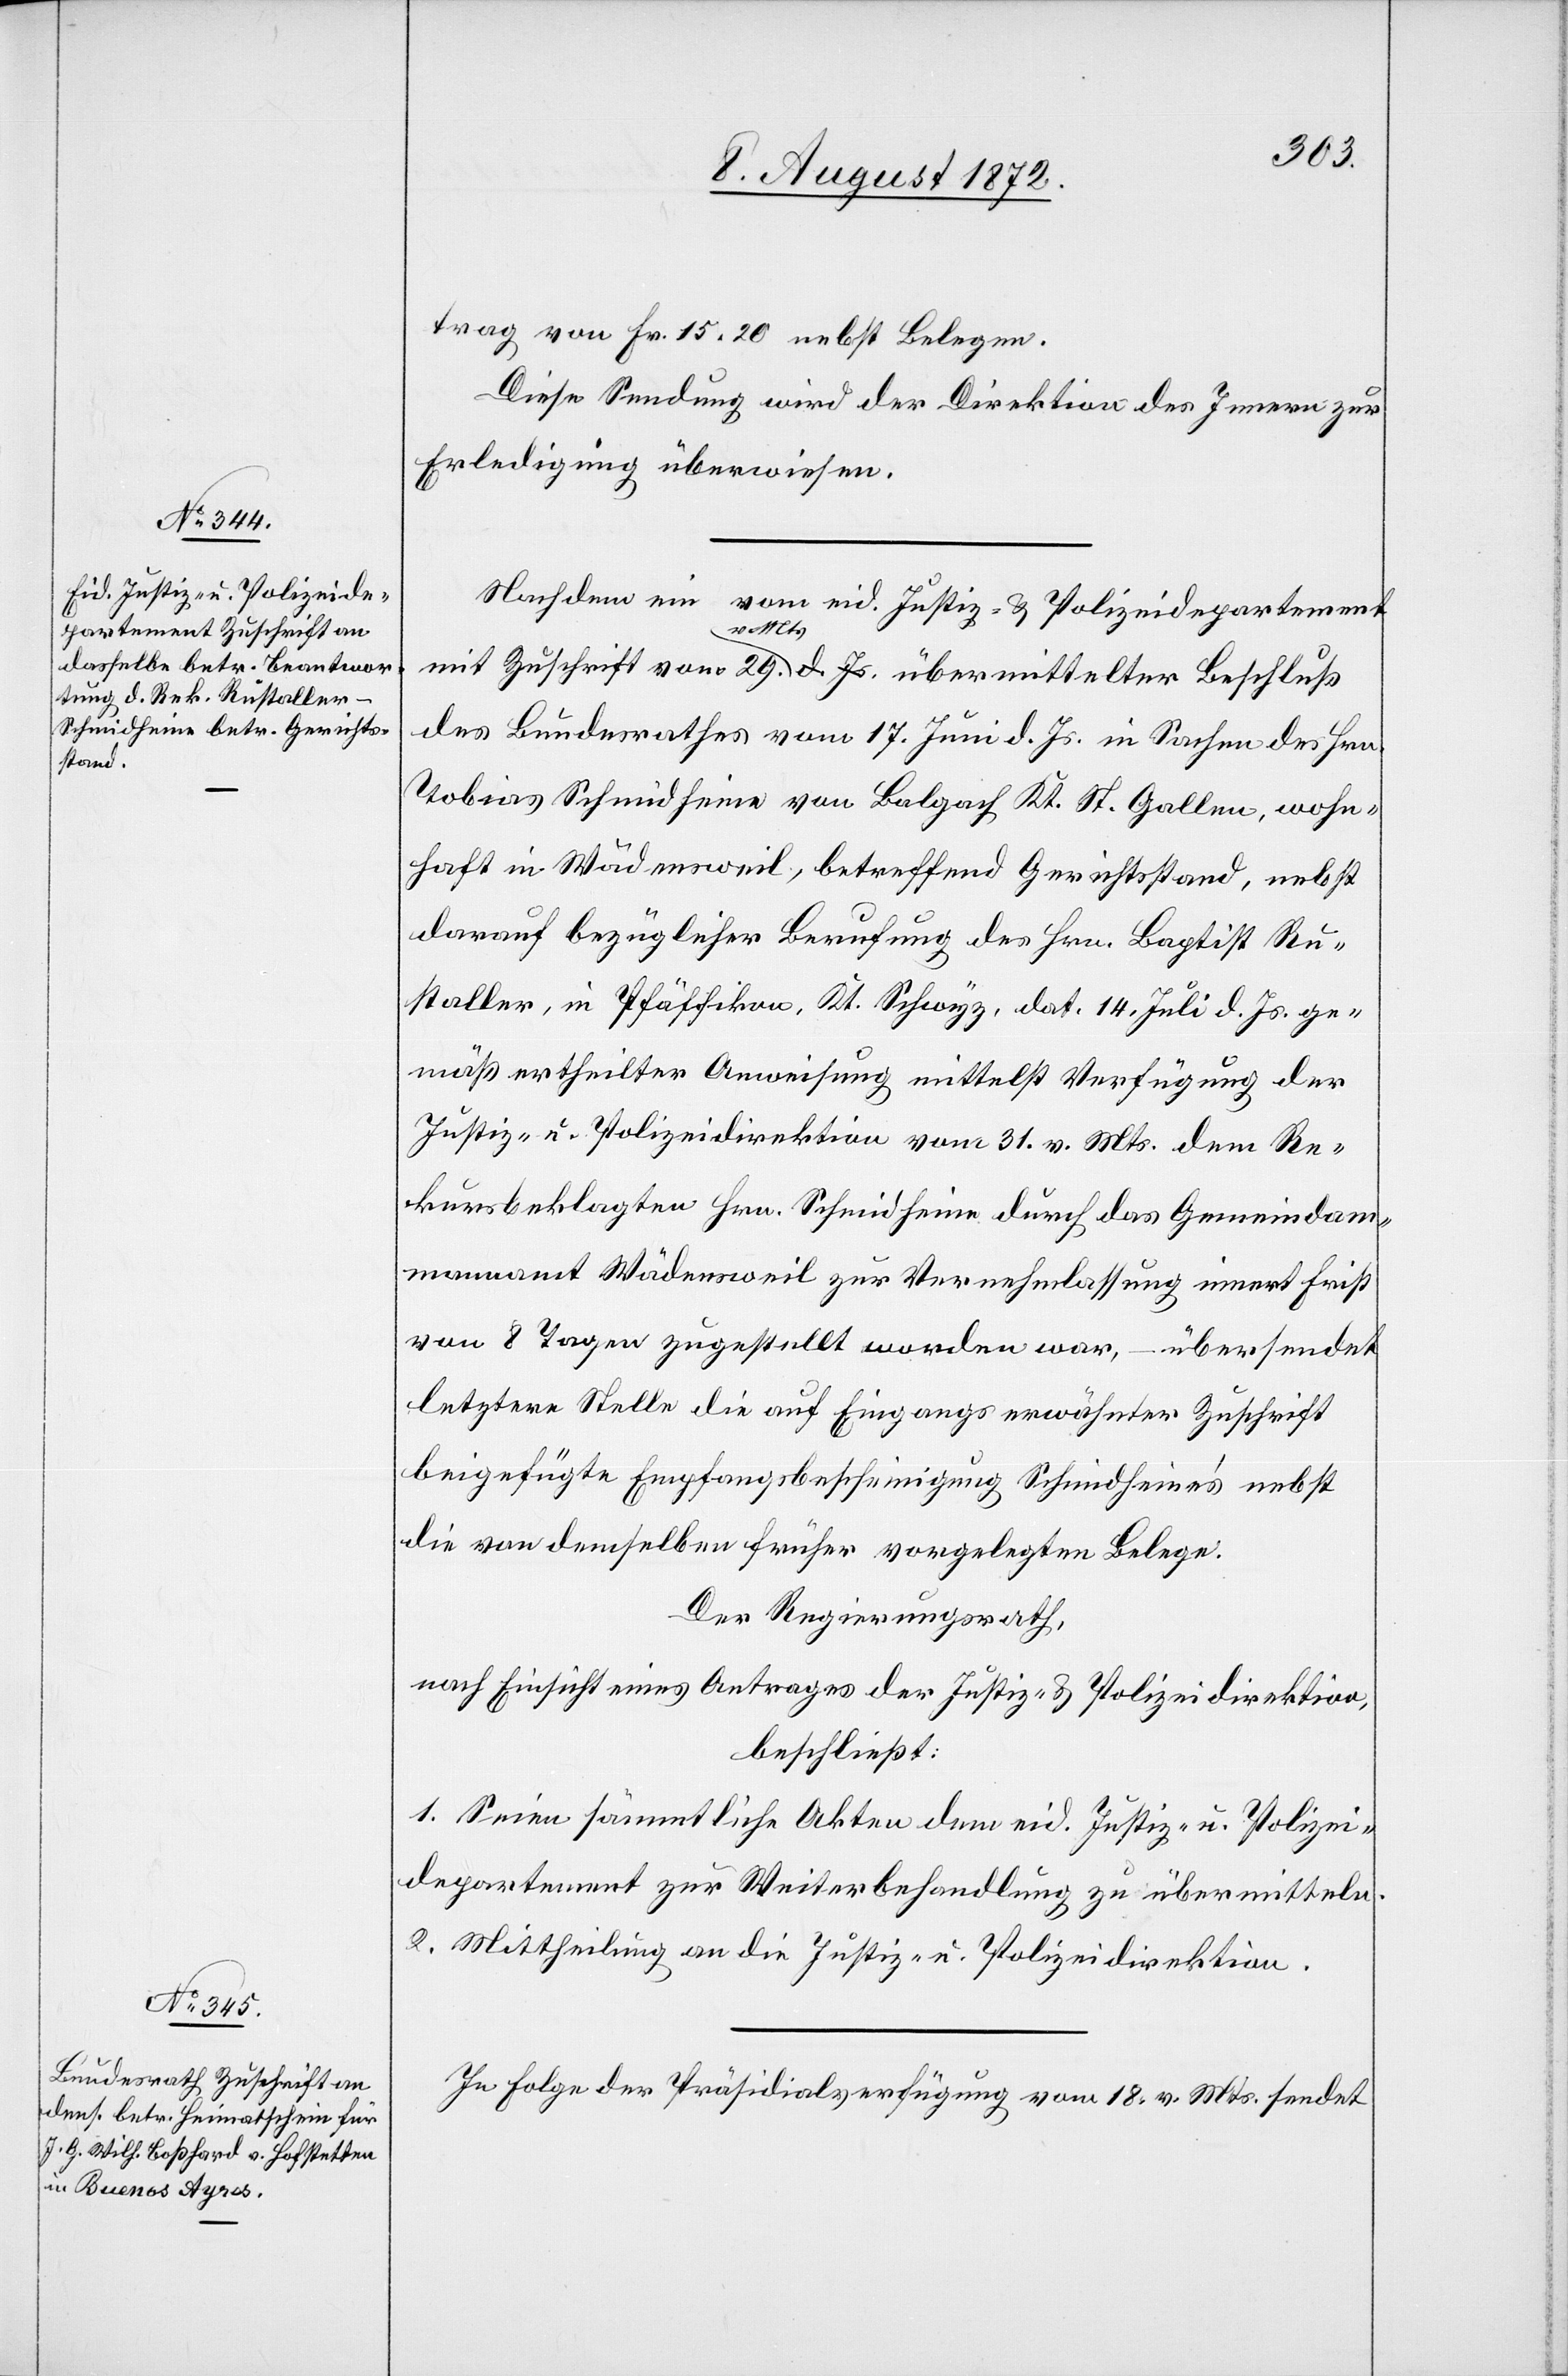
12. August 1872.]
trag von Fr. 15 20 nebst Belegen.
Diese Sendung wird der Direktion des Innern zur
Erledigung überwiesen.
Nachdem ein vom eid. Justiz- u. Polizeidepartement
mit Zuschrift vom 29. v. Mts. übermittelter Beschluß
des Bundesrathes vom 17. Juni d. Js. in Sachen des Hrn.
Tobias Schmidheine von Balgach Kt. St. Gallen, wohn¬
haft in Wädensweil, betreffend Gerichtsstand, nebst
darauf bezüglicher Berufung des Hrn. Baptist Ru¬
staller, in Pfäffikon, Kt. Schwyz, dat. 14. Juli d. Js. ge¬
mäß ertheilter Anweisung mittelst Verfügung der
Justiz- u. Polizeidirektion vom 31. v. Mts. dem Re¬
kursbeklagten Hrn. Schmidheine durch das Gemeindam¬
mannamt Wädensweil zur Vernehmlassung innert Frist
von 8 Tagen zugestellt worden war, – übersendet
letztere Stelle die auf Eingangs erwähnter Zuschrift
beigefügte Empfangsbescheinigung Schmidheine’s nebst
die von demselben früher vorgelegten Belege:
Der Regierungsrath,
nach Einsicht eines Antrages der Justiz- u. Polizeidirektion,
beschließt:
1. Seine sämmtliche Akten dem eid. Justiz- u. Polizei¬
departement zur Weiterbehandlung zu übermitteln.
2. Mittheilung an die Justiz- u. Polizeidirektion.
In Folge der Präsidialverfügung vom 18. v. Mts. sendet